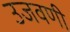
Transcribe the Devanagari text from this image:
उजवणी